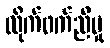
လိုက်ဖက်ညီမှု